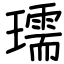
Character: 瓀